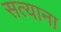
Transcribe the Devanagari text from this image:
सत्याना